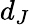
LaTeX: d_{J}